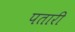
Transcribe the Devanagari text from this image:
पतारी